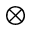
_ { \otimes }